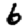
Digit: 6